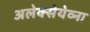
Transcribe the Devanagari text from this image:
अलेक्सेयेव्ना